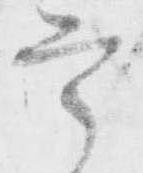
定